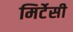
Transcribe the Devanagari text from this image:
मिर्टेसी